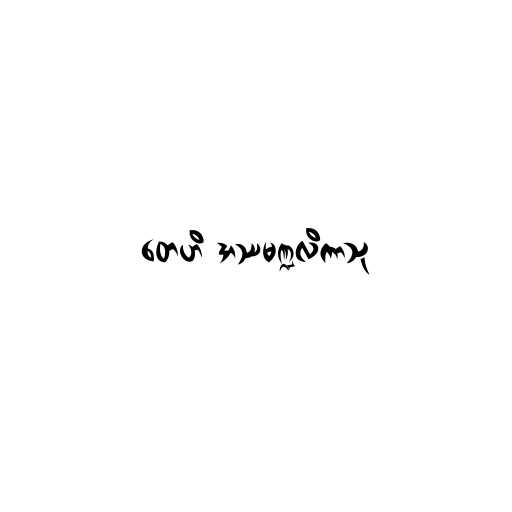
တေဟိ အဿမဏ္ဍလိကာသု